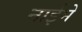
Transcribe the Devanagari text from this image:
नाईमे